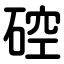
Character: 硿